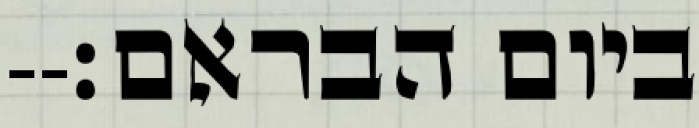
ביום הבראם׃--